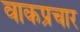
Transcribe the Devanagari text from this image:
वाकप्रचार